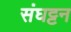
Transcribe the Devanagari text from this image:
संघट्टन